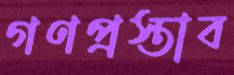
গণপ্রস্তাব